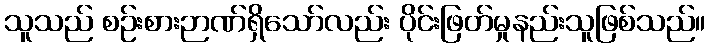
သူသည် စဉ်းစားဉာဏ်ရှိသော်လည်း ပိုင်းဖြတ်မှုနည်းသူဖြစ်သည်။